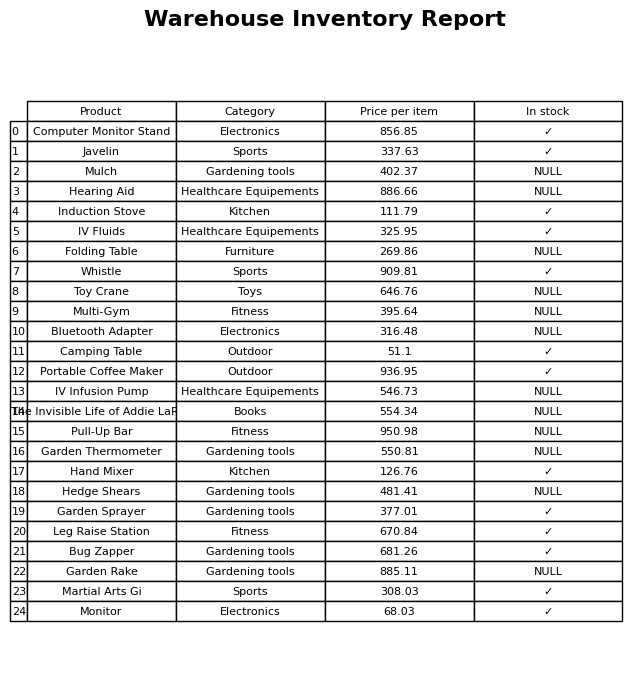
question: What is the price for Whistle?
answer: The price of Whistle is 909.81.